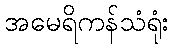
အမေရိကန်သံရုံး